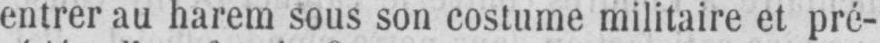
entrer au harem sous son costume militaire et pré-